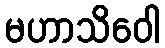
မဟာသိဝေါ